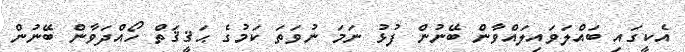
އެކީގައި ބައްލަވައިލައްވާން ބޭނުން ފުޅު ނަމަ ނުވަތަ ކަމުގެ ޙަޤީޤަތް ހޯއްދަވާން ބޭނުން